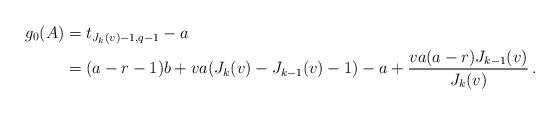
LaTeX: \begin{align*} g_0(A)&=t_{J_k(v)-1,q-1}-a\\&=(a-r-1)b+v a(J_k(v)-J_{k-1}(v)-1)-a+\frac{v a(a-r)J_{k-1}(v)}{J_k(v)}\,. \end{align*}